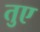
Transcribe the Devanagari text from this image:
तुए